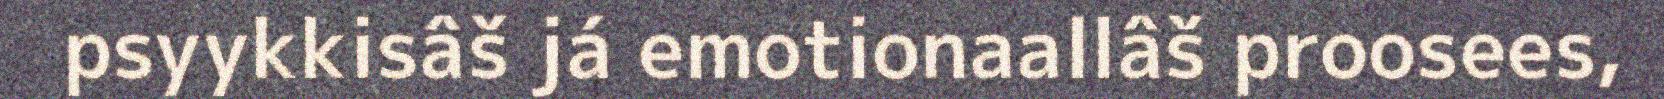
psyykkisâš já emotionaallâš proosees,